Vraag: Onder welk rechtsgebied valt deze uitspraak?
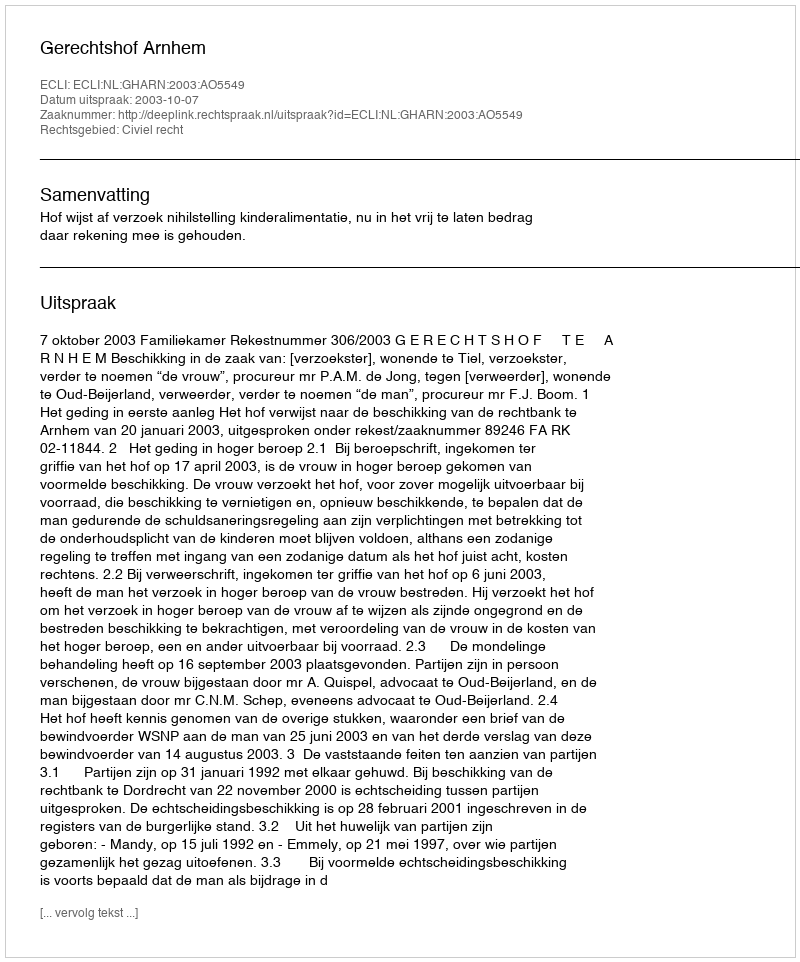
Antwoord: Civiel recht